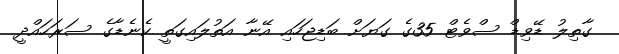
ގާތިލު ޑޭވިޑް ސްވެޓް 35ގެ ގަޔަށް ބަޑިޖަހައި އޭނާ އަތުލައިގަތީ ކެނެޑާގެ ސަރަހައްދީ